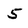
Character: 5